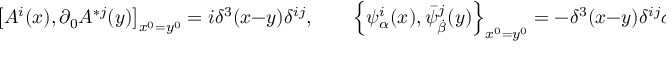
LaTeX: \left[ A ^ { i } ( x ) , \partial _ { 0 } A ^ { * j } ( y ) \right] _ { x ^ { 0 } = y ^ { 0 } } = i \delta ^ { 3 } ( x - y ) \delta ^ { i j } , \qquad \left\{ \psi _ { \alpha } ^ { i } ( x ) , \bar { \psi } _ { \dot { \beta } } ^ { j } ( y ) \right\} _ { x ^ { 0 } = y ^ { 0 } } = - \delta ^ { 3 } ( x - y ) \delta ^ { i j } \sigma _ { \alpha \dot { \beta } } ^ { 0 } .